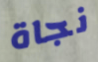
نجاة